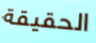
الحقيقة